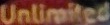
Unlimited